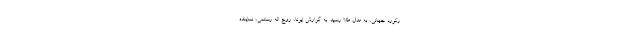
رکورد جهانی، به مدال طلا رسید. به گزارش ایرنا، روح اله رستمی، نماینده